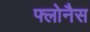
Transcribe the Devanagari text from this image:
फ्लोनैस